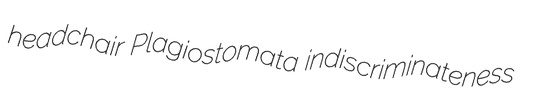
headchair Plagiostomata indiscriminateness